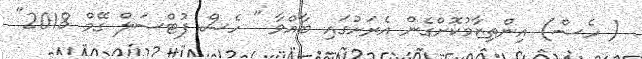
( ހެސް) އިންތިޒާމުކޮށްގެން އެރަށުގައި ބާއްވާ " ހެސް ފުޓްސަލް ގޭމް 2018"